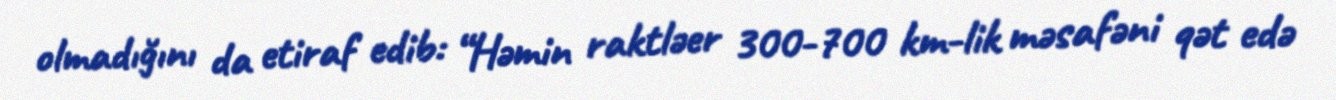
olmadığını da etiraf edib: “Həmin raktləer 300-700 km-lik məsafəni qət edə